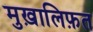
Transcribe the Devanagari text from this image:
मुख़ालिफ़त